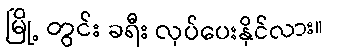
မြို့ တွင်း ခရီး လုပ်ပေးနိုင်လား။